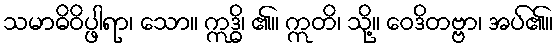
သမာဓိဝိပ္ဖါရာ၊ သော။ ဣဒ္ဓိ၊ ၏။ ဣတိ၊ သို့။ ဝေဒိတဗ္ဗာ၊ အပ်၏။